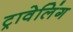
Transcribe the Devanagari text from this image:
ट्रावेलिंग